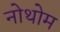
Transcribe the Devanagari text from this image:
नोथोम